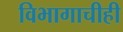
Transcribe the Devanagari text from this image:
विभागाचीही